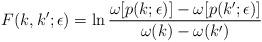
LaTeX: \begin{align*}F(k,k';\epsilon)=\ln \frac{\omega[p(k;\epsilon)]-\omega[p(k';\epsilon)]}{\omega(k)-\omega(k')}\end{align*}